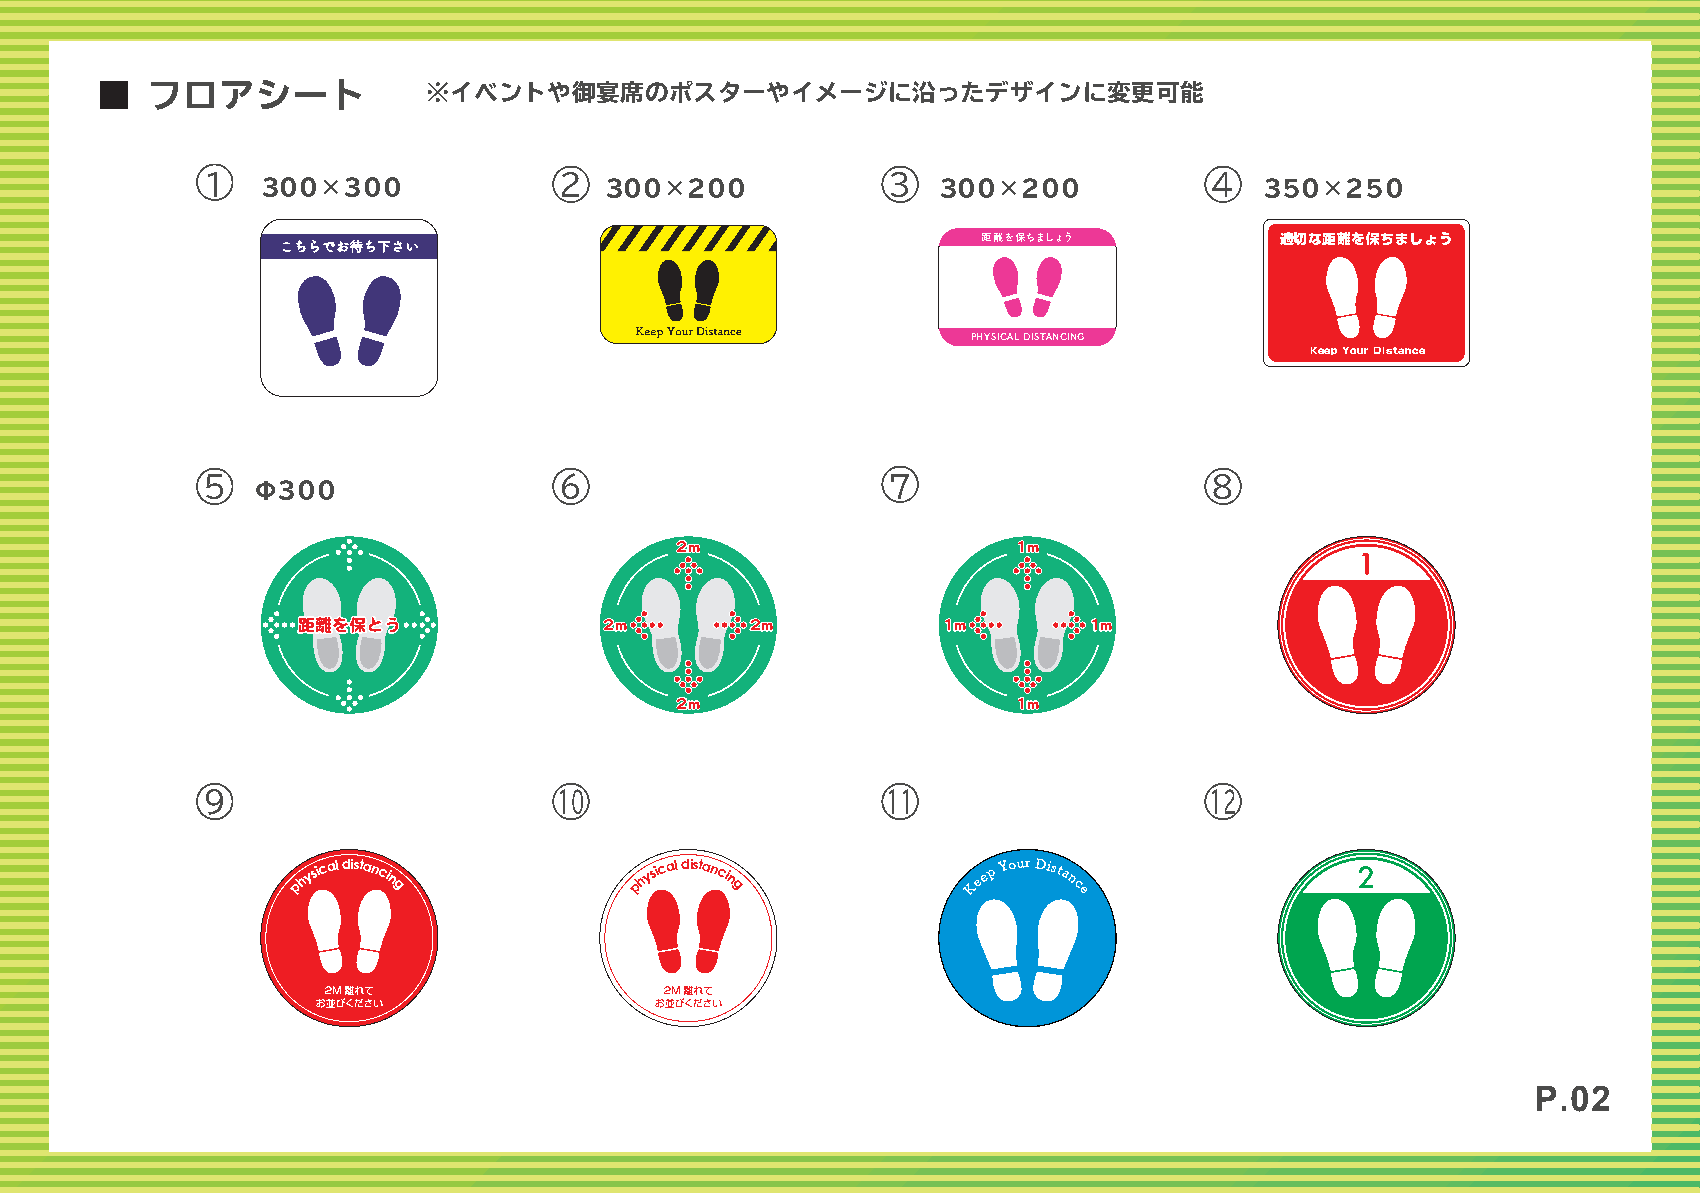
■   フロアシート            ※イベントや御宴席のポスターやイメージに沿ったデザインに変更可能
 1   300×300             2  300×200            3  300×200           4   350×250
 距離を保ちましょう           適切な距離を保ちましょう
 こちらでお待ち下さい
 PHYSICAL DISTANCING
 Keep Your Distance
 5                       6                     7                    8
 Φ300
 22mm                  11mm
 距距離離をを保保ととうう        22mm      22mm        11mm      11mm
 22mm                  11mm
 9                       10                    11                   12
 physical distancin
 g
 physical distancin
 g
 Keep Your Distanc
 e
 P.02